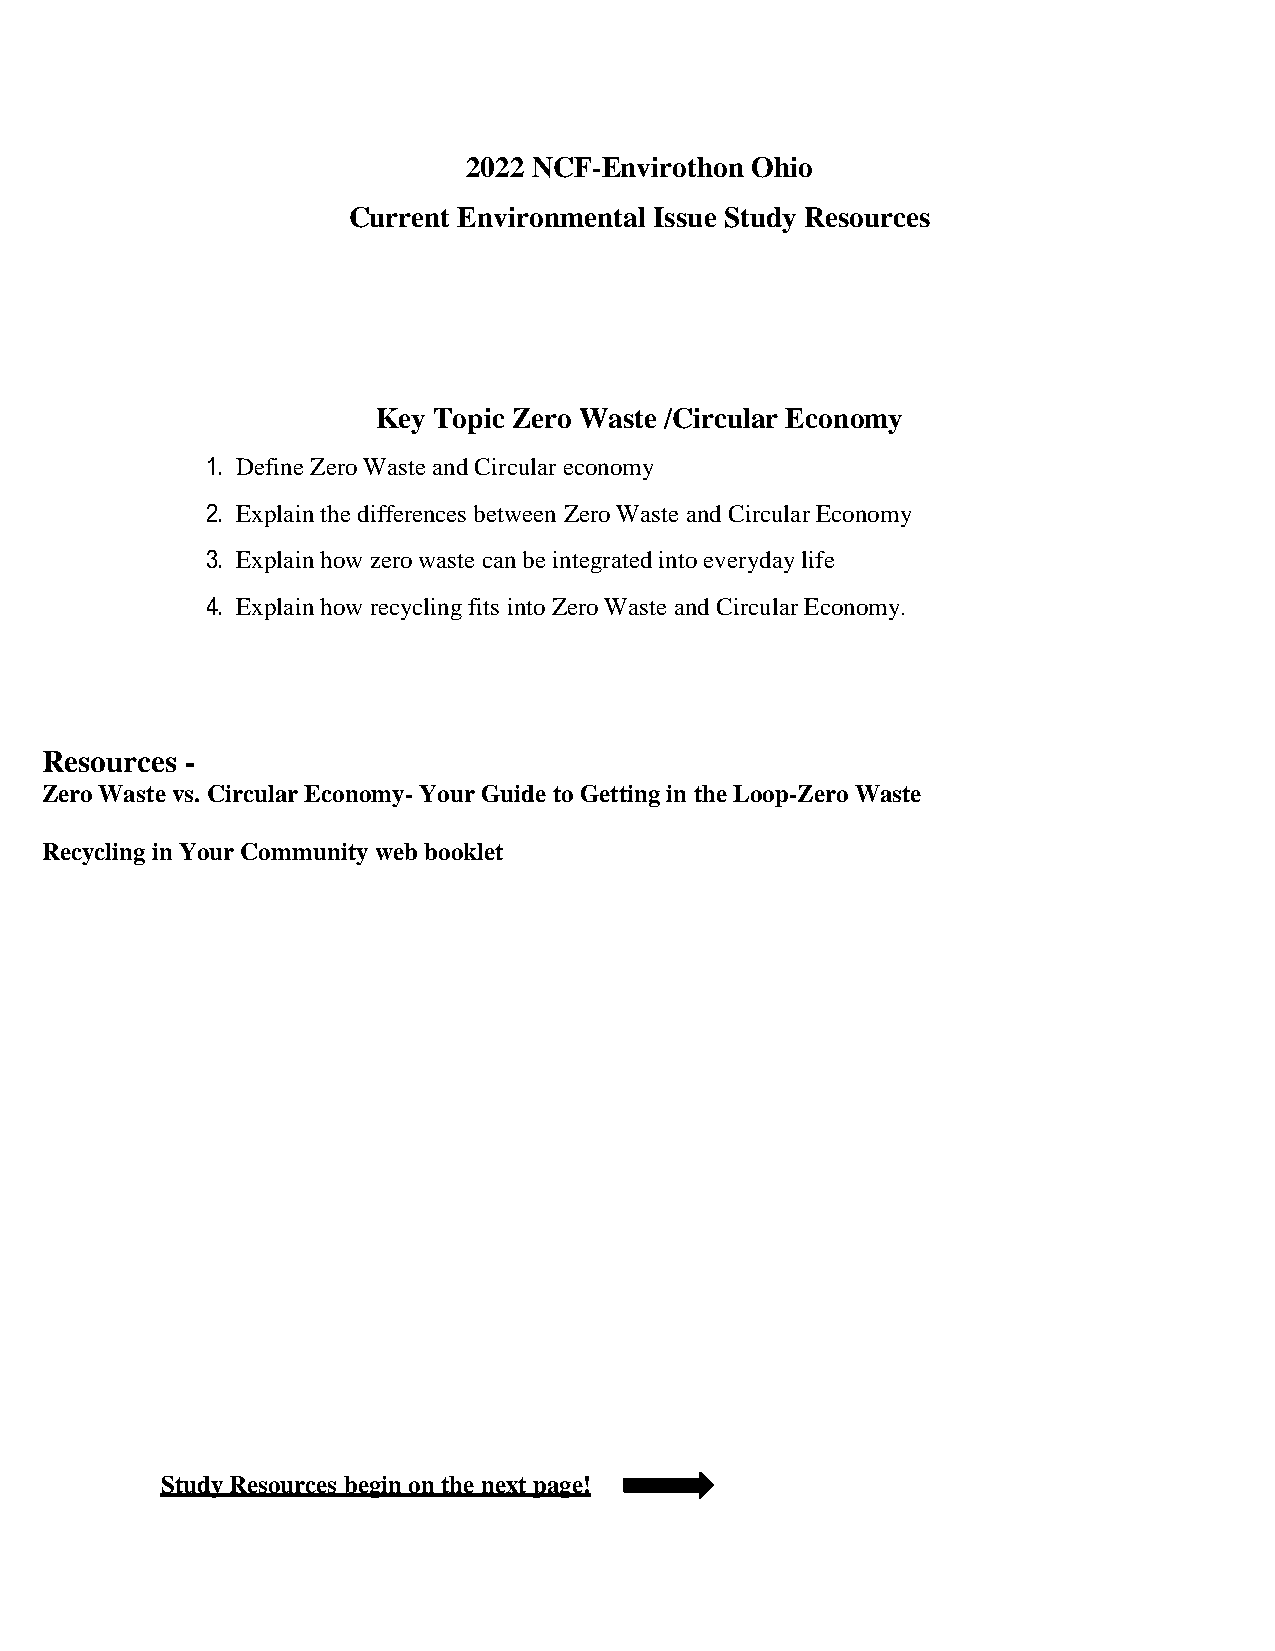
2022 NCF-Envirothon Ohio
 Current Environmental Issue Study Resources
 Key Topic Zero Waste /Circular Economy
 1. Define Zero Waste and Circular economy
 2. Explain the differences between Zero Waste and Circular Economy
 3. Explain how zero waste can be integrated into everyday life
 4. Explain how recycling fits into Zero Waste and Circular Economy.
 Resources -
 Zero Waste vs. Circular Economy- Your Guide to Getting in the Loop-Zero Waste
 Recycling in Your Community web booklet
 Study Resources begin on the next page!